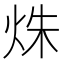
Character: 𤈐